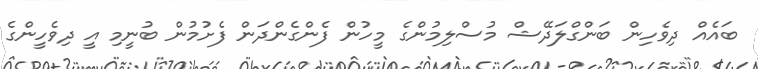
ބައެއް ދިވެހިން ބަންގްލަދޭޝް މުސްލިމުންގެ މީހުން ފެންގެންދަން ފެށުމުން ބުނީމި އީ ދިވެހީންގެ